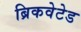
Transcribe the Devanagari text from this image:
ब्रिकवेटेड